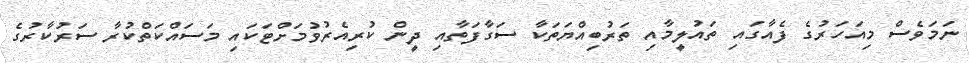
ނަމަވެސް މިއަހަރުގެ ފެއާގައި ތައުލީމާއި ތަރުބިއްޔަތަކާ ސަގާފަތާއި ދީން ކުރިއެރުވުމަށްޓަކައި މަސައްކަތްކުރާ ސަރުކާރުގެ